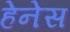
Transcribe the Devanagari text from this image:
हेनेस